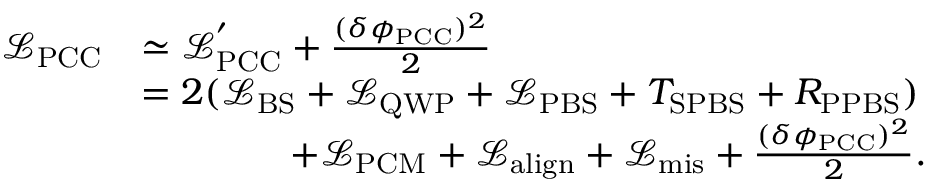
\begin{array} { r l } { \mathcal { L } _ { \mathrm { P C C } } } & { \simeq \mathcal { L } _ { \mathrm { P C C } } ^ { ' } + \frac { ( \delta \phi _ { \mathrm { P C C } } ) ^ { 2 } } { 2 } } \\ & { = 2 ( \mathcal { L } _ { \mathrm { B S } } + \mathcal { L } _ { \mathrm { Q W P } } + \mathcal { L } _ { \mathrm { P B S } } + T _ { \mathrm { S P B S } } + R _ { \mathrm { P P B S } } ) } \\ & { \qquad \qquad + \mathcal { L } _ { \mathrm { P C M } } + \mathcal { L } _ { \mathrm { a l i g n } } + \mathcal { L } _ { \mathrm { m i s } } + \frac { ( \delta \phi _ { \mathrm { P C C } } ) ^ { 2 } } { 2 } . } \end{array}